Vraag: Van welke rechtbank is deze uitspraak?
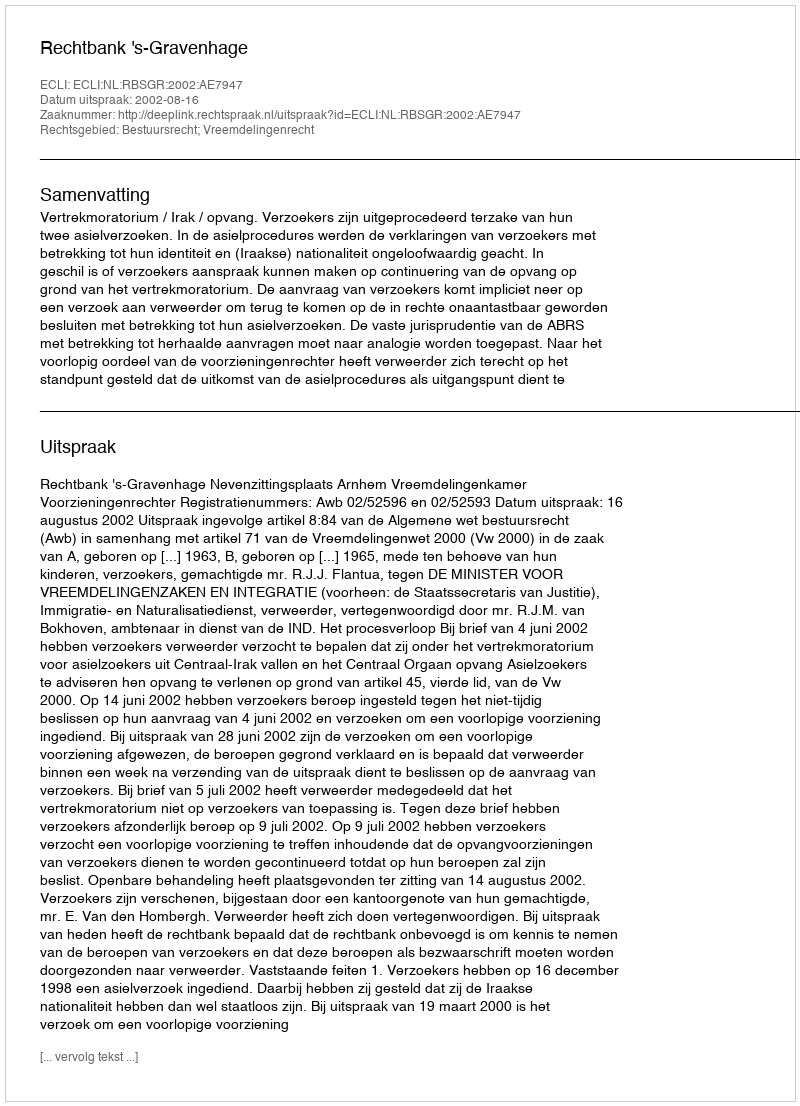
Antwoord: Rechtbank 's-Gravenhage